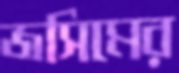
জসিমের